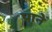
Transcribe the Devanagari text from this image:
प्राने